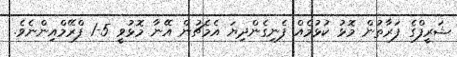
ޝަރީފްގެ ފަރާތުން މޮޅު ކުޅުމެއް ފެނިގެންދިޔަ އެމެޗުން އޭނާ މޮޅުވީ 5-1 ފްރޭމްއިންނެވެ.